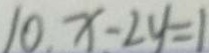
1 0 x - 2 y = 1